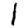
Digit: 1